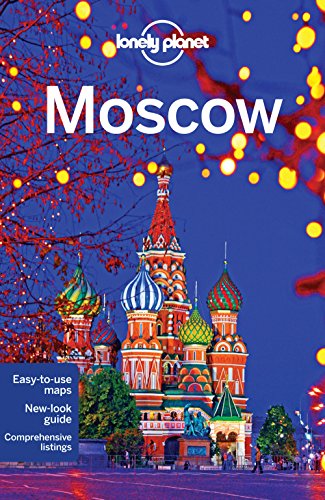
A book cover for Lonely Planet Moscow (Travel Guide); Lonely Planet; Travel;